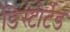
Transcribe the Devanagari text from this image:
डिस्टोर्टेड